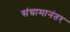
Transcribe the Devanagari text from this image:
संग्रामानंतर